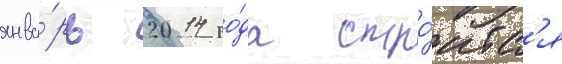
янва́рь 2014 го́да стро́итс'я